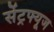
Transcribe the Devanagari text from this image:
सेंट्रफ्यूज